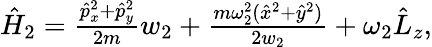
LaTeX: \begin{array}{r}{\hat{H}_{2}=\frac{\hat{p}_{x}^{2}+\hat{p}_{y}^{2}}{2m}w_{2}+\frac{m\omega_{2}^{2}(\hat{x}^{2}+\hat{y}^{2})}{2w_{2}}+\omega_{2}\hat{L}_{z},}\end{array}